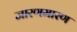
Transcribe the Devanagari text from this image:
जारणमारण